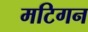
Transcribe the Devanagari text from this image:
मटिगन